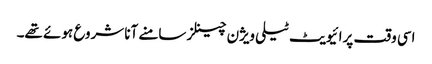
اسی وقت پرائیویٹ ٹیلی ویژن چینلز سامنے آنا شروع ہوئے تھے۔